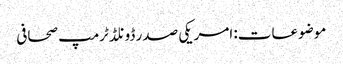
موضوعات: امریکی صدر ڈونلڈ ٹرمپ صحافی